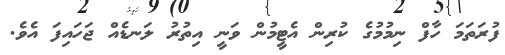
ފުރަތަމަ ހާފް ނިމުމުގެ ކުރިން އެޓީމުން ވަނީ އިތުރު ލަނޑެއް ޖަހައިފަ އެވެ.